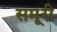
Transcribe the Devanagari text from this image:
समूरी